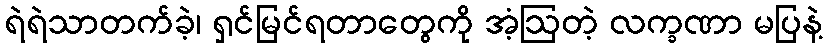
ရဲရဲသာတက်ခဲ့၊ ရှင်မြင်ရတာတွေကို အံ့ဩတဲ့ လက္ခဏာ မပြနဲ့